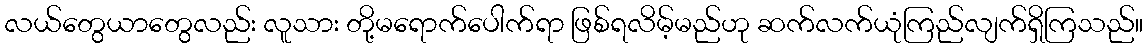
လယ်တွေယာတွေလည်း လူသား တို့မရောက်ပေါက်ရာ ဖြစ်ရလိမ့်မည်ဟု ဆက်လက်ယုံကြည်လျက်ရှိကြသည်။